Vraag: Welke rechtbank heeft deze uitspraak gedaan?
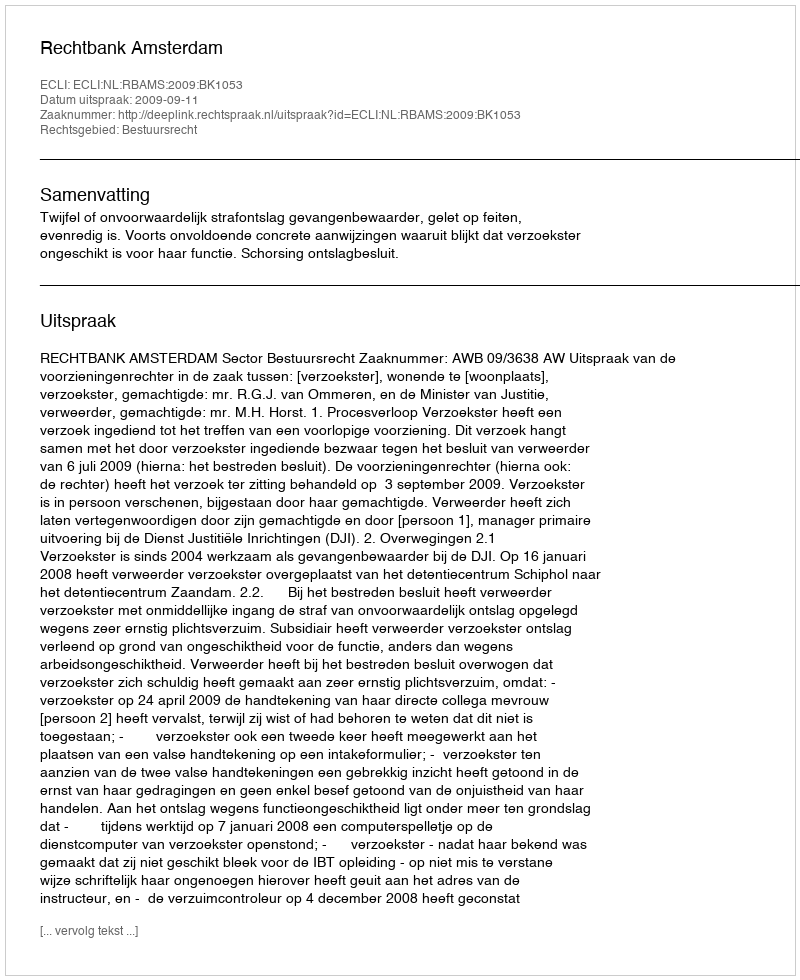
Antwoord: Rechtbank Amsterdam